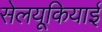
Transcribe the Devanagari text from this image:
सेलयूकियाई